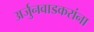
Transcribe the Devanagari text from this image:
अर्जुनवाडकरांना